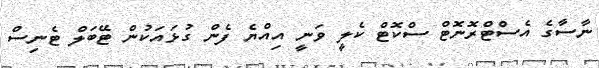
ނާސާގެ އެސްޓްރޮނޮޓް ސްކޮޓް ކެލީ ވަނީ އިއްޔެ ފެން ގުޅައަކުން ޓޭބަލް ޓެނިސް